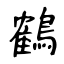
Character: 鶴